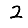
Digit: 2